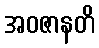
အဝဇာနတိ